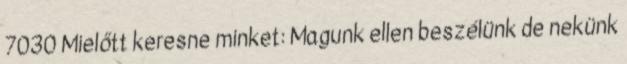
7030 Mielőtt keresne minket: Magunk ellen beszélünk de nekünk